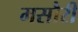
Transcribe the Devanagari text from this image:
मसौरी